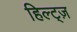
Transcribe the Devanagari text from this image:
हिल्ट्ज़